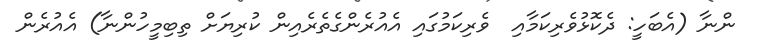
ންނާ (އެބަހީ: ދެކޮޅުވެރިކަމާއި  ވެރިކަމުގައި އެއުރެންގެތެރެއިން ކުރިޔަށް ތިބިމީހުންނާ) އެއުރެން